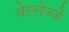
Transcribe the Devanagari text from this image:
वेल्लेज्जे